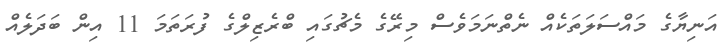
އަނިޔާގެ މައްސަލަތަކެއް ނެތްނަމަވެސް މިރޭގެ މެޗުގައި ބްރެޒިލްގެ ފުރަތަމަ 11 އިން ބަދަލެއް